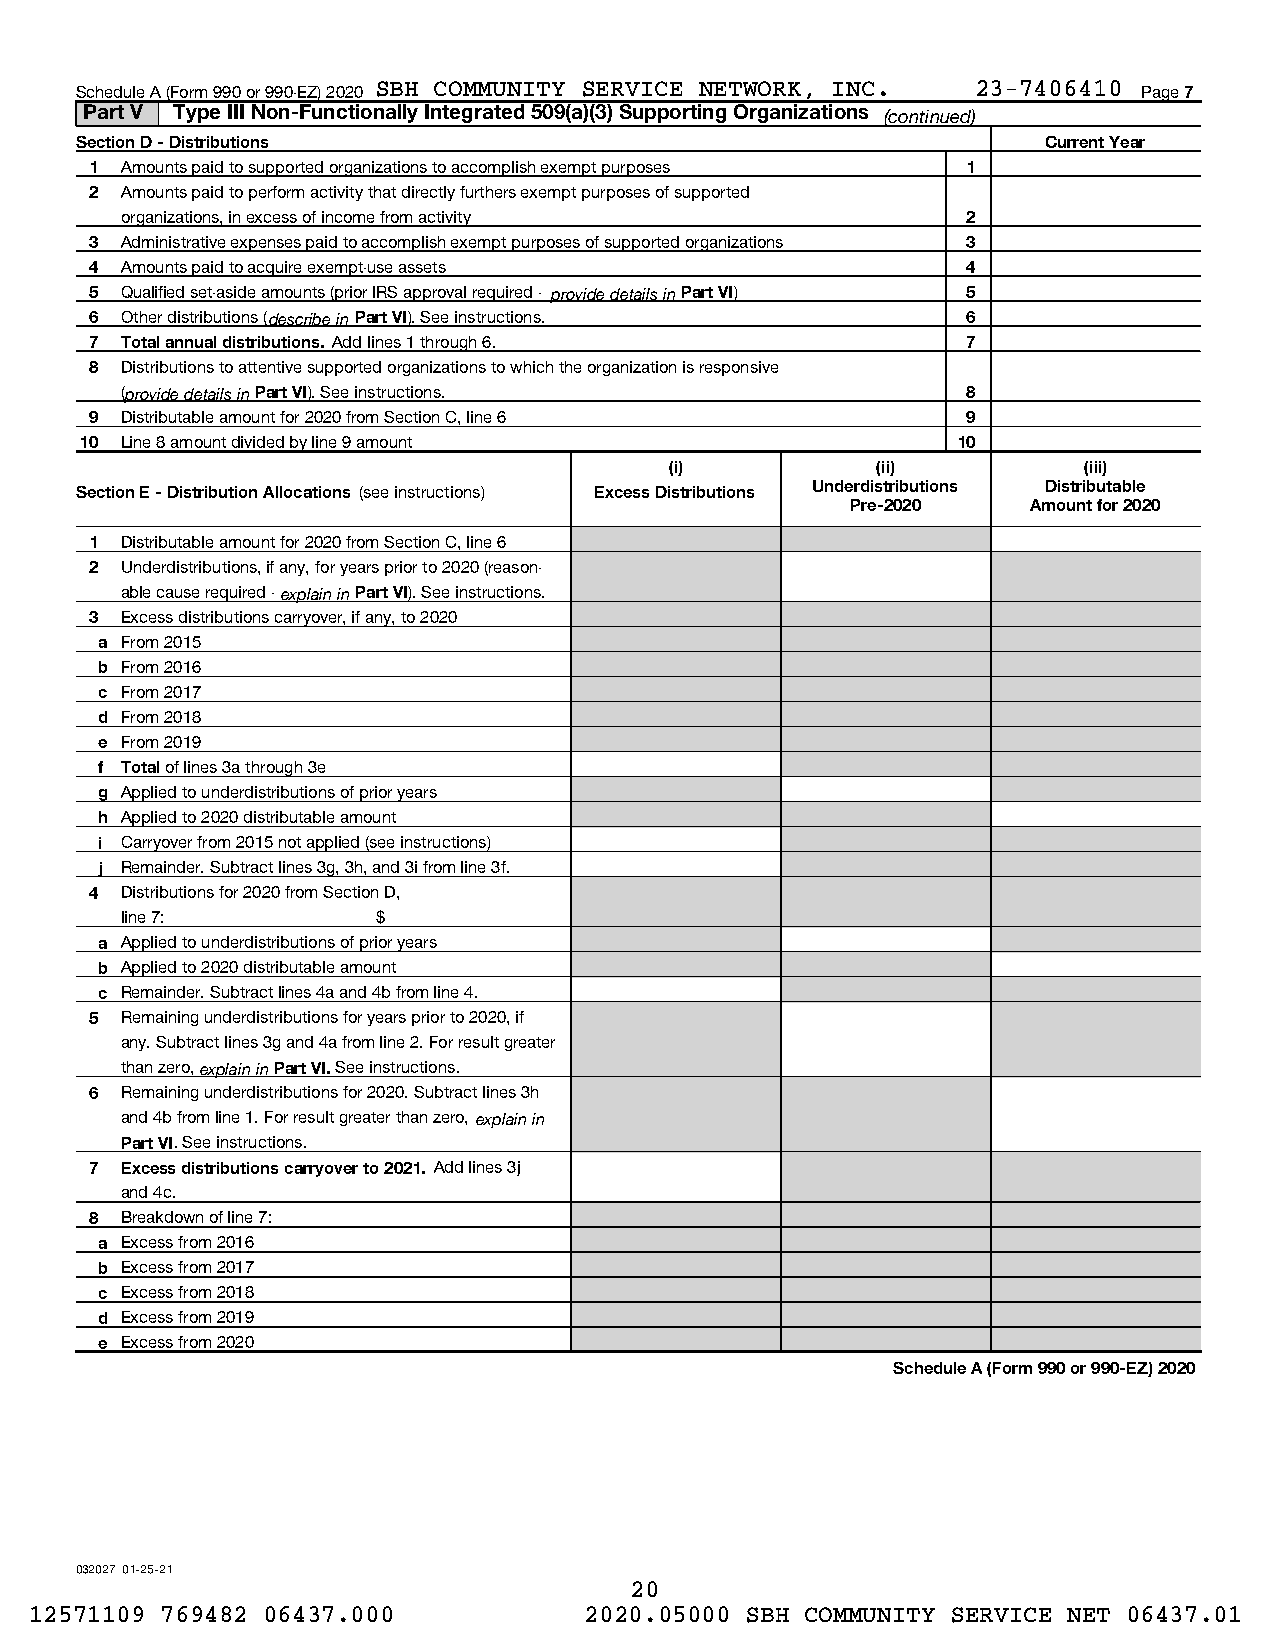
Schedule A (Form 990 or 990-EZ) 2020 SBH COMMUNITY SERVICE NETWORK, INC. 23-7406410 Page 7
 Part V Type III Non-Functionally Integrated 509(a)(3) Supporting Organizations (continued)
 Section D - Distributions                                       Current Year
 1 Amounts paid to supported organizations to accomplish exempt purposes 1
 2 Amounts paid to perform activity that directly furthers exempt purposes of supported
 organizations, in excess of income from activity        2
 3 Administrative expenses paid to accomplish exempt purposes of supported organizations 3
 4 Amounts paid to acquire exempt-use assets               4
 5 Qualified set-aside amounts (prior IRS approval required - provide details in Part VI) 5
 6 Other distributions (describe in Part VI). See instructions. 6
 7 Total annual distributions. Add lines 1 through 6.      7
 8 Distributions to attentive supported organizations to which the organization is responsive
 (provide details in Part VI). See instructions.         8
 9 Distributable amount for 2020 from Section C, line 6    9
 10 Line 8 amount divided by line 9 amount                 10
 (i)           (ii)          (iii)
 Section E - Distribution Allocations (see instructions) Excess Distributions Underdistributions Distributable
 Pre-2020    Amount for 2020
 1 Distributable amount for 2020 from Section C, line 6
 2 Underdistributions, if any, for years prior to 2020 (reason-
 able cause required - explain in Part VI). See instructions.
 3 Excess distributions carryover, if any, to 2020
 a From 2015
 b From 2016
 c From 2017
 d From 2018
 e From 2019
 f Total of lines 3a through 3e
 g Applied to underdistributions of prior years
 h Applied to 2020 distributable amount
 i Carryover from 2015 not applied (see instructions)
 j Remainder. Subtract lines 3g, 3h, and 3i from line 3f.
 4 Distributions for 2020 from Section D,
 line 7:          $
 a Applied to underdistributions of prior years
 b Applied to 2020 distributable amount
 c Remainder. Subtract lines 4a and 4b from line 4.
 5 Remaining underdistributions for years prior to 2020, if
 any. Subtract lines 3g and 4a from line 2. For result greater
 than zero, explain in Part VI. See instructions.
 6 Remaining underdistributions for 2020. Subtract lines 3h
 and 4b from line 1. For result greater than zero, explain in
 Part VI. See instructions.
 7 Excess distributions carryover to 2021. Add lines 3j
 and 4c.
 8 Breakdown of line 7:
 a Excess from 2016
 b Excess from 2017
 c Excess from 2018
 d Excess from 2019
 e Excess from 2020
 Schedule A (Form 990 or 990-EZ) 2020
 032027 01-25-21
 20
 12571109 769482 06437.000            2020.05000 SBH COMMUNITY SERVICE NET 06437.01